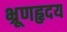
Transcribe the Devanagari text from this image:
भ्रूणहृदय